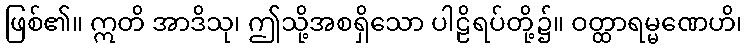
ဖြစ်၏။ ဣတိ အာဒိသု၊ ဤသို့အစရှိသော ပါဠိရပ်တို့၌။ ဝတ္ထာရမ္မဏေဟိ၊